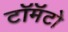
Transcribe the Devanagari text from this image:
टॉमॅटो